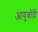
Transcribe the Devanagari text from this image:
आयुवोदि